King Institute of Preventive Medicine Micro-Biological Section reports 1912-19
Year: 1912
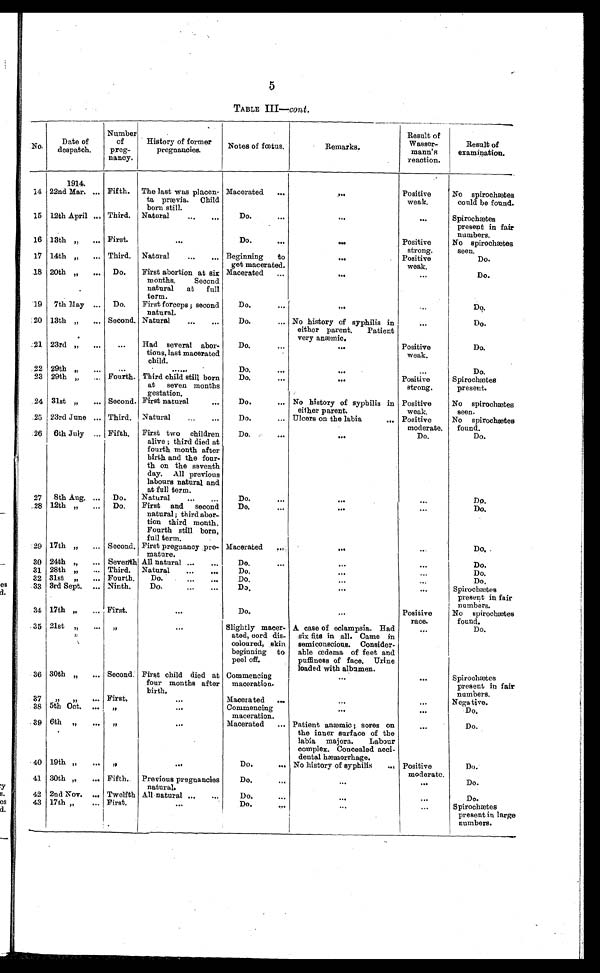
5
TABLE III—cont.
No.
Date of
despatch.
Number
of
preg-
nancy.
History of former
pregnancies.
Notes of foetus.
Remarks.
Result of
Wasser-
mann's
reaction.
Result of
examination.
14
1914.
22nd Mar.
Fifth. The last was placen-
to prævia. Child
born still.
Macerated
...
...
Positive
weak,
No spirochmtes
could be found.
15 12th April ... Third. Natural
...
...
Do.... ...
...
Spirochætes
present in fair
numbers.
16 13th "
... First.
...
Do.
...
...
Positive
strong.
No spirochætes
seen.
17 14th "
... Third. Natural
...
... Beginning
to
get macerated.
...
Positive
weak.
Do.
18 20th "
... Do.
First abortion at six
months.
Second
natural at full
term.
Macerated
...
...
...
Do.
19 7th May ... Do.
First forceps ; second
natural.
Do.
...
...
...
Do.
20 13th "
...
Second. Natural
...
...
Do.
... No history of syphilis in
either parent. Patient
very anæmic.
...
Do.
21 23rd "
...
...
Had several abor-
tions, last macerated
child.
Do.
...
...
Positive
weak.
Do.
22 29th
...
. . . . . .
Do,
...
...
...
Do.
23 29th "
... Fourth. Third child still born
at seven months
gestation.
Do.
...
Positive
strong.
Spirochaetes
present.
24 31st "
... Second. First natural
...
Do.
... No history of syphilis in
either parent.
Positive
weak.
No spirochætes
seen.
.25 23rd June ... Third. Natural...
Do.
... Ulcers on the labia
... Positive
moderate.
No spirochætes
found.
26 6th July ... Fifth. First two children
alive ; third died at
fourth month after
birth and the four-
th on the seventh
day. All previous
labours natural and
at full term.
Do.
...
...
Do.
Do.
27 8th Aug. ... Do.
Natural
...
...
Do.
...
...
....
Do.
.28 12th "
... Do.
First and second
natural ; third abor-
Lion third month.
Fourth still born,
full term.
Do.
...
...
Do.
29 17th "
... Second. First pregnancy pre-
mature.
Macerated
...
...
Do.
30 24th "
... Seventh. All natural ...
...
Do.
...
...
...
Do.
31 28th "
... Third. Natural
...
...
Do.
Do.
32 31st „
... Fourth.
Do.
Do
...
...
Do,
33 3rd Sept. ... Ninth.
Do.
...
Do.
...
...
Spirochætes
present in fair
numbers.
34 17th "
... First.
...
Do
...
Positive race.
No spirochætes
found.
35 21st ,,
... "
...
Slightly macer-
ated, cord dis-
coloured, skin
beginning to
peel off.
A case of eclampsia. Had
six fits in all. Came in
semiconscious. Consider-
able œdema of feet and
puffiness of face. Urine
loaded with albumen.
...
Do.
36 30th "
... Second. First child died at
four months after
birth.
Commencing
maceration.
...
...
Spiroohmtes
present in fair
numbers.
37 ,, ,,
... First.
...
Macerated ...
...
...
Nega tive.
38 5th Oct. ... "
...
Commencing
maceration.
...
...
Do.
39 6th "
... "
...
Macerated ... Patient anaemic ; sores on
the inner surface of the
labia majora.
Labour
complex. Concealed acci-
dental hæmorrhage.
...
Do.
40 19th „
... "
...
Do.
... No history of syphilis
... Positive
moderate.
Do.
41 30th "
... Fifth. Previous pregnancies
natural.
Do.
...
...
Do.
42 2nd Nov. ... Twelfth All natural
Do.
...
...
...
Do.
43 17th "
... First.
...
Do....
...
Spirochetes
present in large
numbers.